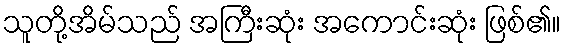
သူတို့အိမ်သည် အကြီးဆုံး အကောင်းဆုံး ဖြစ်၏။